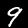
Digit: 9